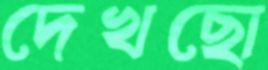
দেখছো